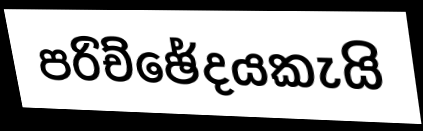
පරිච්ඡේදයකැයි